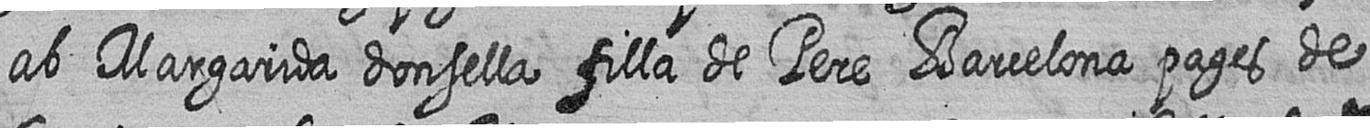
ab Margarida donsella filla de Pere Barcelona pages de